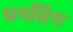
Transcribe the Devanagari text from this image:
धनसिंग